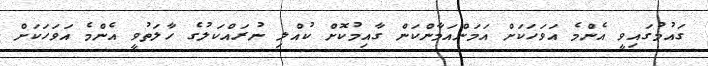
ގައުމުގައިވީ އެންމެ އަވަހަކަށް އަމަންއަމާންކަން ގާއިމުކޮށް ކުއްލި ނުރައްކަލުގެ ހާލަތުވީ އެންމެ އަވަހަކަށް